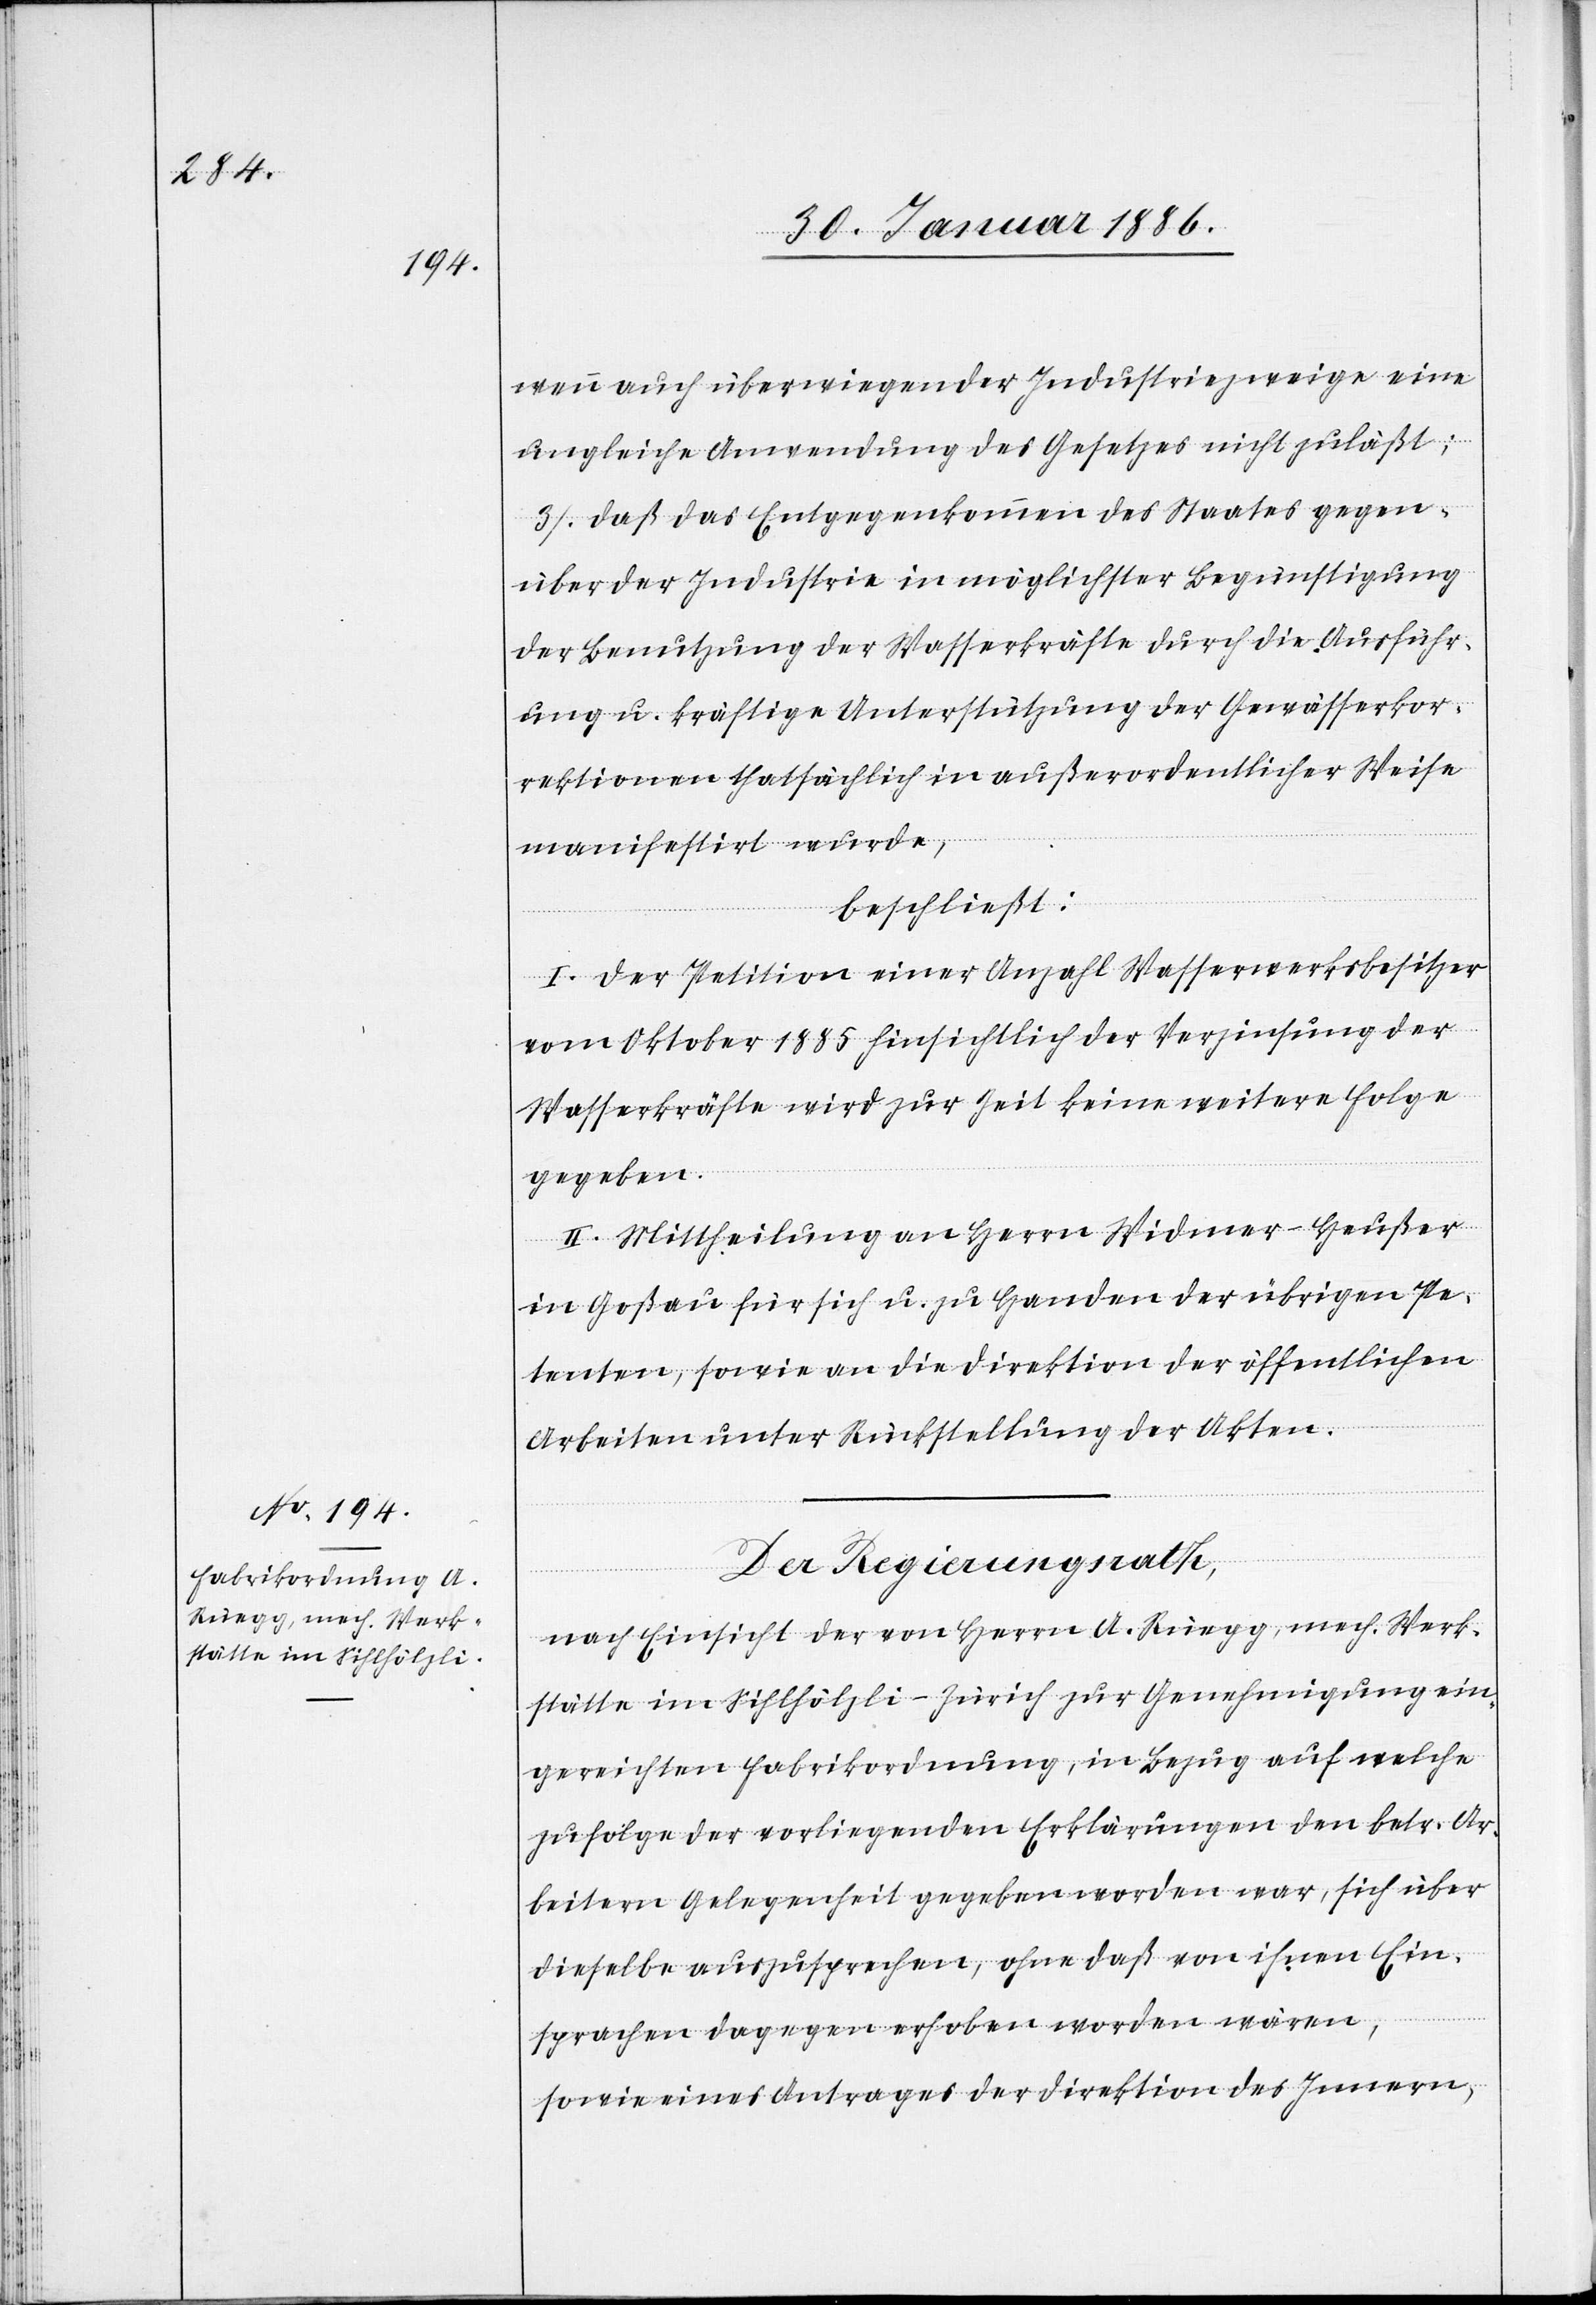
wenn auch überwiegender Industriezweige eine
ungleiche Anwendung des Gesetzes nicht zuläßt;
3. Daß das Entgegenkommen des Staates gegen¬
über der Industrie in möglichster Begünstigung
der Benutzung der Wasserkräfte durch die Ausführ¬
ung u. kräftige Unterstützung der Gewässerkor¬
rektionen thatsächlich in außerordentlicher Weise
manifestirt wurde,
beschließt:
I. Der Petition einer Anzahl Wasserwerksbesitzer
vom Oktober 1885 hinsichtlich der Verzinsung der
Wasserkräfte wird zur Zeit keine weitere Folge
gegeben.
II. Mittheilung an Herrn Widmer-Heußer
in Goßau für sich u. zu Handen der übrigen Pe¬
tenten, sowie an die Direktion der öffentlichen
Arbeiten unter Rückstellung der Akten.
Der Regierungsrath,
nach Einsicht der von Herrn A. Rüegg, mech. Werk¬
stätte im Sihlhölzli - Zürich zur Genehmigung ein¬
gereichten Fabrikordnung, in Bezug auf welche
zufolge der vorliegenden Erklärungen den betr. Ar¬
beitern Gelegenheit gegeben worden war, sich über
dieselbe auszusprechen, ohne daß von ihnen Ein¬
sprachen dagegen erhoben worden wären,
sowie eines Antrages der Direktion des Innern,